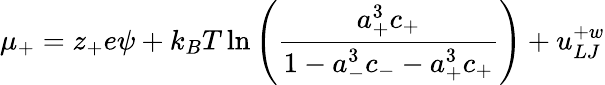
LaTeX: \mu_{+}=z_{+}e\psi+k_{B}T\ln\left({\frac{a_{+}^{3}c_{+}}{1-a_{-}^{3}c_{-}-a_{+}^{3}c_{+}}}\right)+u_{LJ}^{+w}